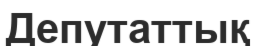
Депутаттық